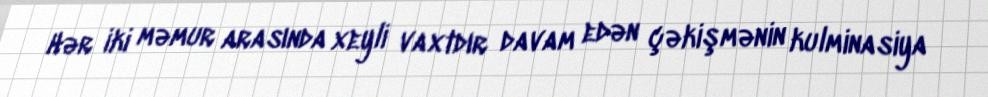
Hər iki məmur arasında xeyli vaxtdır davam edən çəkişmənin kulminasiya